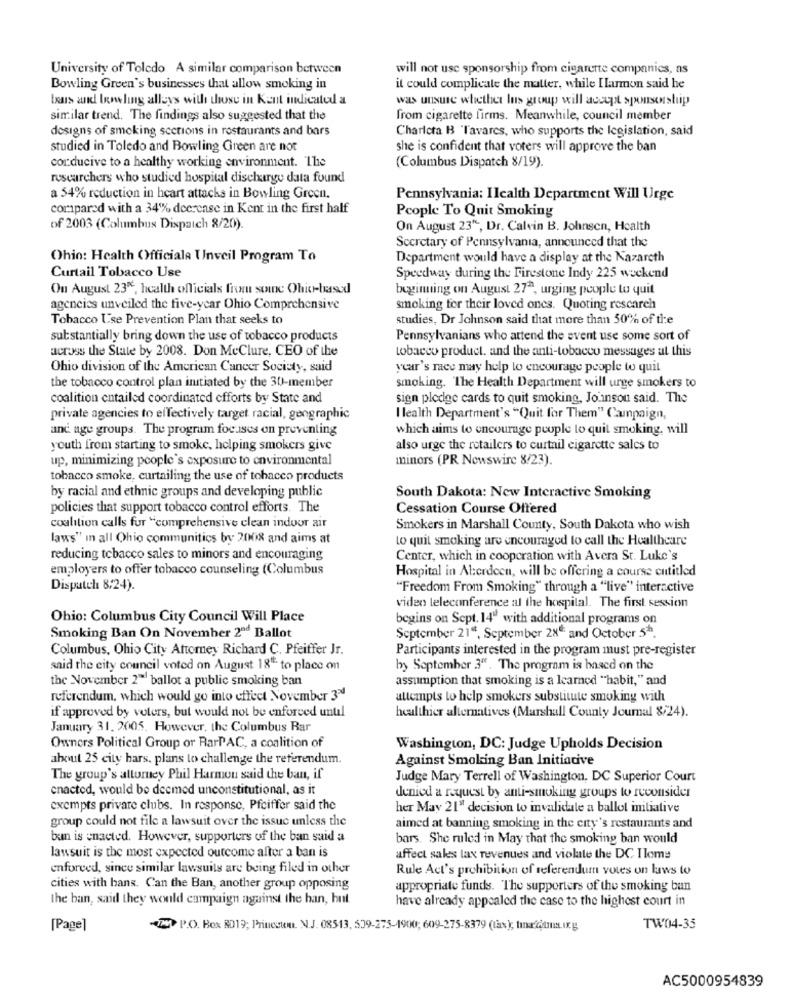
University of Toledo A similar comparison between
will not use sponsorship from cigarette companies, as
Bowling Green's businesses that allow smoking in
it could complicate the matter, while Ilarmon said he
bens and bowling alleys with those in Kent indicated a
was unsure whether lus group will accept spousestup
similar trend. The findings also suggested that the
from cigarette firms. Meanwhile, council member
designs of smoking sections in restaurants and bars
Charlcta B 'Tavares, who supports the legislation, said
studied in Toledo and Bowling Green are not
she is confident that voters will approve the ban
conducive to a healthy working environment. The
(Columbus Dispatch 8/19).
researchers who studied hospital discharge data found
a 54% reduction in heart attacks in Bowling Green.
Pennsylvania: Ilealth Department Will Urge
compared with a 34% decrease in Kent in the first half
People To Quit Smoking
of 2003 (Columbus Dispatch 8/20).
On August 23", Dr. Calvin B. Johnson, Health
Secretary of Pennsylvania, announced that the
Ohio: Health Officiala Unveil Program To
Department would have a display at the Nazareth
Curtail Tobacco Use
Speedway during the Firestone Indy 225 weekend
Ou August 23%, health officials from some Ohio-based
beginning on August 27ª, urging people to quit
agencies unveiled the five-year Ohio Comprehensive
smoking for their loved ones. Quoting rescarch
Tobacco Use Prevention Plan that seeks to
studies, Dr Johnson said that more than 30% of the
substantially bring down the use of tobacco products
Pennsylvanians who attend the event use some sort of
across the State by 2008. Don MeClure, CEO of the
tobacco product. and the anti-tobacco messages ut this
Ohio division of the American Cancer Society, said
year's race may help to encourage people to quit
the tobacco control plan initiated by the 30-member
smoking. The Health Department will urge smokers to
coalition entailed coordinated efforts by State and
sign pledge cards to quit smoking, Jounson said. The
private agencies to effectively target racial, geographic
I lealth Department's "Quit for Them" Campaign,
and age groups. The program focuses on preventing
which aims to encourage people to quit smoking. will
youth from starting to smoke, helping smokers give
also urge the retailers to curtail cigarette sales to
up, minimizing people's exposure to environmental
minors (PR Newswire 8/23).
tobacco smoke, curtailing the use of tobacco products
by racial and ethnic groups and developing public
South Dakota: New Interactive Smoking
policies that support tobacco control efforts. The
Cessation Course Offered
coalition calls for "comprehensive clean indoor air
Smokers in Marshall County, South Dakota who wish
laws" in all Ohio communities by 2008 and aims at
to quit smoking are encouraged to call the Healthcare
reducing tobacco sales to minors and encouraging
Center, which in cooperation with Avera St. Luke's
employers to offer tobacco counseling (Columbus
Hospital in Aberdeen, will be offering a course entitled
Dispatch 8/24).
"Freedom From Smoking" through a "live" interactive
video teleconference al the hospital. The first session
Ohio: Columbus City Council Will Place
begins on Sept. 14" with additional programs on
Smoking Ban On November 2" Ballot
September 21". September 28": and October 53.
Columbus, Ohio City Attorney Richard C. Pfeiffer Jr.
Participants interested in the program must pre-register
said the city council voted on August 18" to place on
by September 3". The program is based on the
the November 2"" ballot a public smoking ban
assumption that smoking is a learned "habit," and
referendum, which would go into effect November 34
attempts to help smokers substitute smoking with
if approved by voters, but would not be enforced unual
healthier alternatives (Marshall County Journal 8/24).
January 31. 2005. However, the Columbus Bar
Owners Political Group or RarPAC, a coalition of
Washington, DC: Judge Upholds Decision
about 25 city bars, plans to challenge the referendum.
Against Smoking Ban Initiative
The group's attorney Phil Harmon said the ban, if
Judge Mary Terrell of Washington, DC Superior Court
cnacted, would be deemed unconstitutional, as it
denied a request by anti-smoking groups to reconsider
exempts privare clubs. In response, Pfeiffer said the
her May 21" decision to invalidale a ballot initiative
group could not file a lawsuit over the issue unless the
aimed at banning smoking in the city's restaurants and
bun is enacted. However, supporters of the ban said a
bars. She ruled in May that the smoking ban would
lawsuit is the most expected outcome after a ban is
affect sales lax revenues and violate the DC Ilomy
enforced, since similar lawsuits are being filed in other
Rule Act's prohibition of referendum votes on laws to
cities with bans. Can the Ban, another group opposing
appropriate funds. The supporters of the smoking bun
the ban, said they would campaign against the ban, hut
have already appealed the case to the highest court in
[Page]
-> P.O. Box RD19; Pritecum. N.J. 08513, 509-275-1900; 609-275-8379 (tax), tunaftms ung
TW04-35
AC5000954839